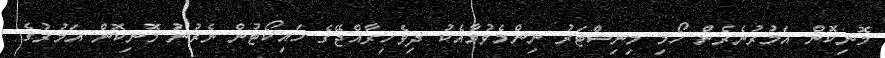
މޮނިކޮން އަމުރުނެރެން ހޯމި މިނިސްޓަރު ނިންމެވުމާއެކު ދިވެހިރާއްޖޭގެ ހައިކޯޓުން ނެރުނު މޮނިކޮން އަމުރުގެ